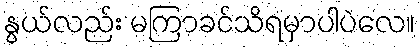
နွယ်လည်း မကြာခင်သိရမှာပါပဲလေ။